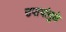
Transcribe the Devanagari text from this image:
उपायांमुळे